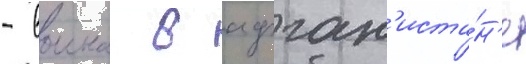
- воина в афган'иста́н'е